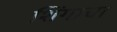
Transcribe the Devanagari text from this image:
शिंगाचा